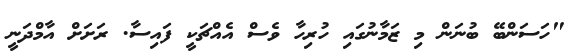
"ހަސަންބޭ ބުނަން މި ޒަމާނުގައި ހުރިހާ ވެސް އެއްޗަކީ ފައިސާ. ރަށަށް އާމްދަނީ